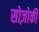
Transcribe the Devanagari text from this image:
सोज़ोकी